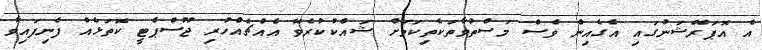
އެ އޮޕަރޭޝަނުގައި އެގެއިން ވެސް މަސްތުވާތަކެތިކަމަށް ޝައްކުކުރެވޭ އެއްޗެއްހުރި ޖޫސްޕެޓީ ކޮތަޅެއް ފެނިފައިވާ